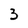
Character: 3